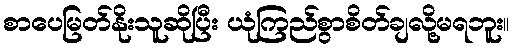
စာပေမြတ်နိုးသူဆိုပြီး ယုံကြည်စွာစိတ်ချလို့မရဘူး။